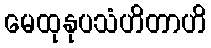
မေထုနုပသံဟိတာဟိ